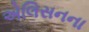
એલિસનના